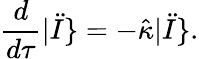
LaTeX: \frac{d}{d\tau}|\ddot{I}\} =-\hat{\kappa}|\ddot{I}\} .